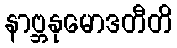
နာဗ္ဘနုမောဒတီတိ